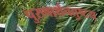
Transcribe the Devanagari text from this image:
पुरुषार्थचतुष्टय